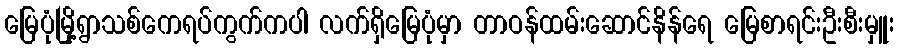
မြေပုံမြို့ရွာသစ်ကေရပ်ကွက်ကပါ လက်ရှိမြေပုံမှာ တာဝန်ထမ်းဆောင်နိန်ရေ မြေစာရင်းဦးစီးမှူး